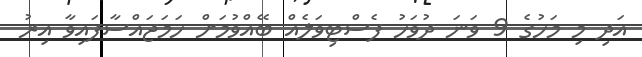
އަދި މި މަހުގެ 9 ވަނަ ދުވަހު ފެސްޓިވަލެއް ބޭއްވުމަށް ހަމަޖައްސާފައިވާ އިރު